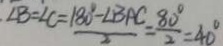
\cdot \angle B = ^ { \prime } \angle C = \frac { 1 8 0 ^ { \circ } - \angle B A C } { 2 } = \frac { 8 0 ^ { \circ } } { 2 } = 4 0 ^ { \circ }